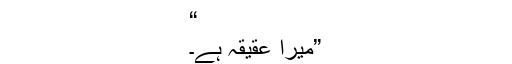
“
”میرا عقیقہ ہے۔